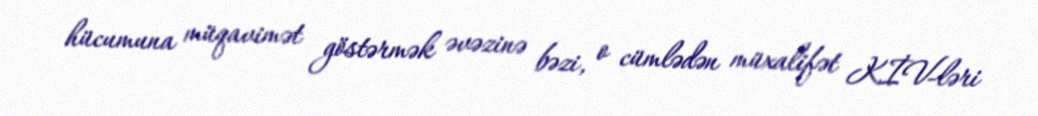
hücumuna müqavimət göstərmək əvəzinə bəzi, o cümlədən müxalifət KİV-ləri